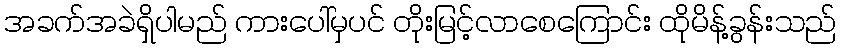
အခက်အခဲရှိပါမည် ကားပေါ်မှပင် တိုးမြင့်လာစေကြောင်း ထိုမိန့်ခွန်းသည်